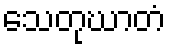
သေတုဃာတံ